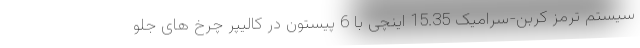
سیستم ترمز کربن-سرامیک 15.35 اینچی با 6 پیستون در کالیپر چرخ های جلو